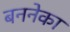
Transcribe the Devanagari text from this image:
बननेका